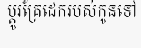
ប្តូរគ្រែដេករបស់កូនទៅ